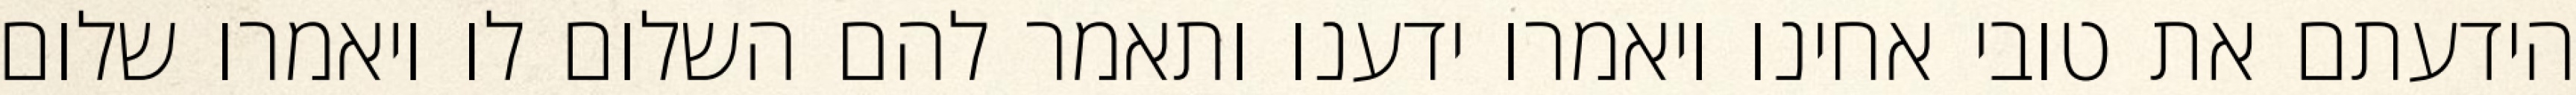
הידעתם את טובי אחינו ויאמרו ידענו ותאמר להם השלום לו ויאמרו שלום